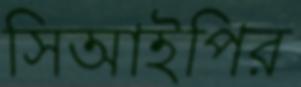
সিআইপির